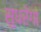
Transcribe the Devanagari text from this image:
सुधरेगा